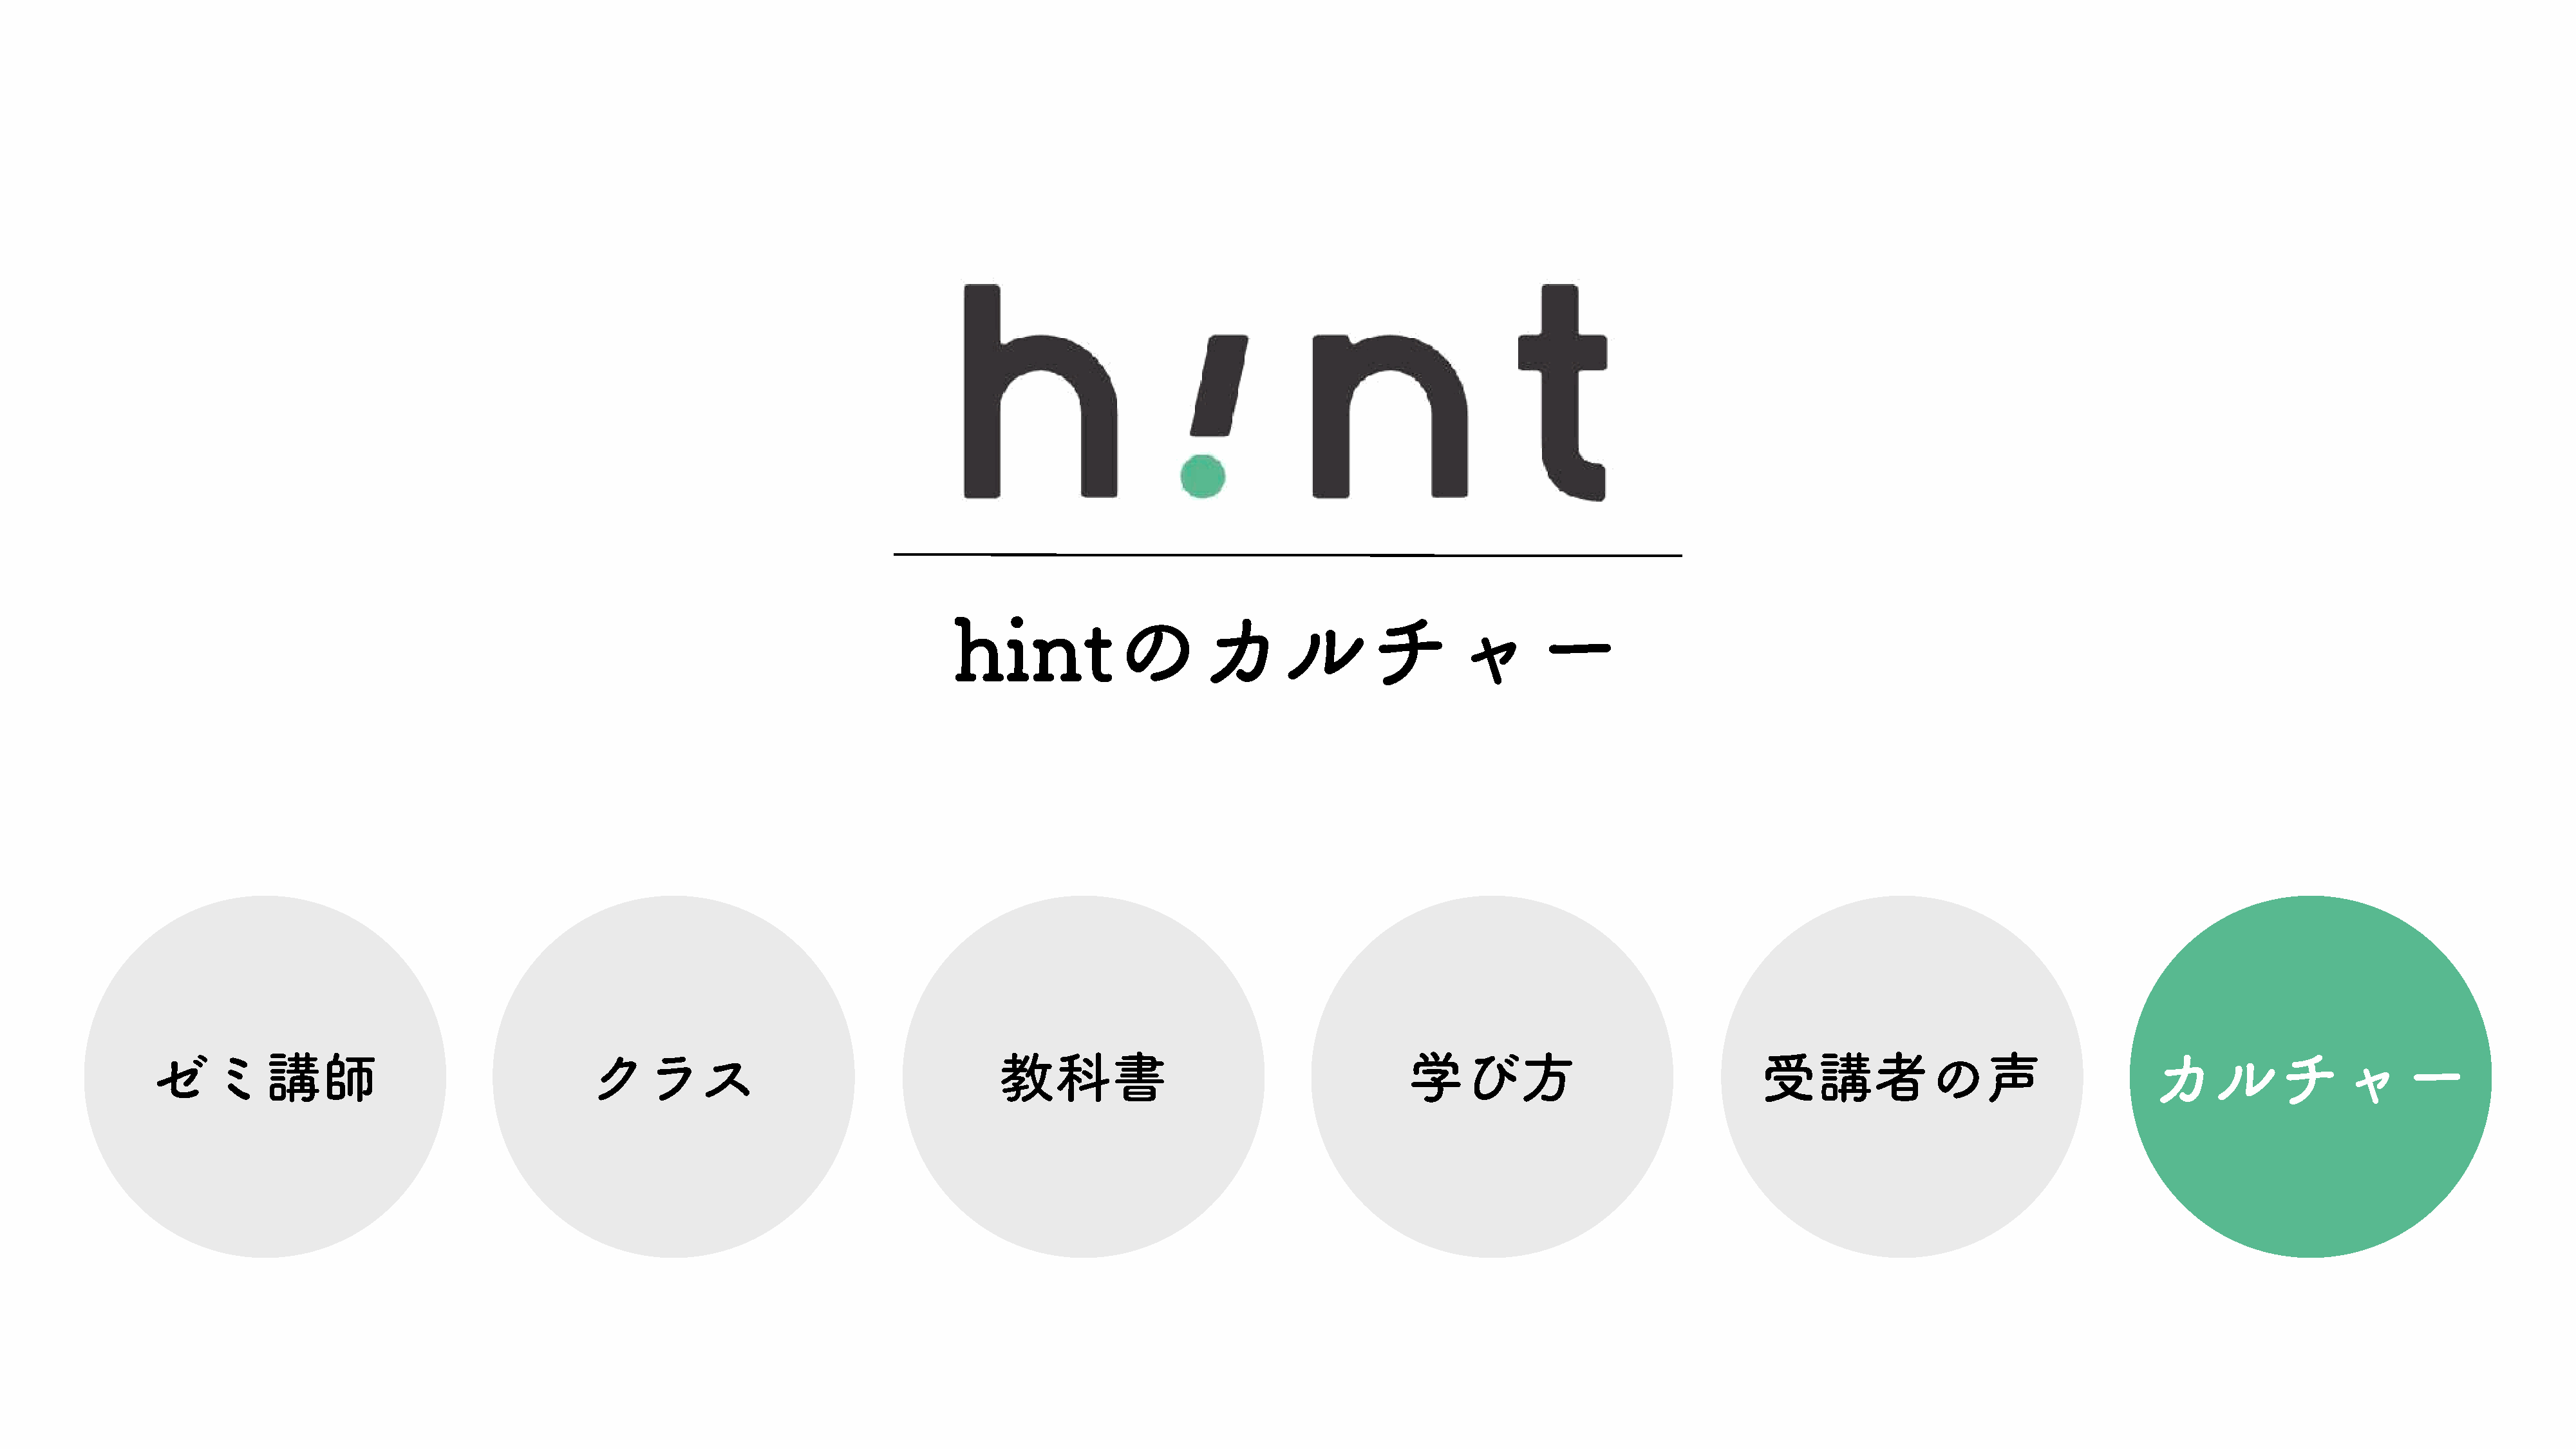
hintのカルチャー
 ゼミ講師                                         クラス                                       教科書                                       学び方                                 受講者の声                                   カルチャー